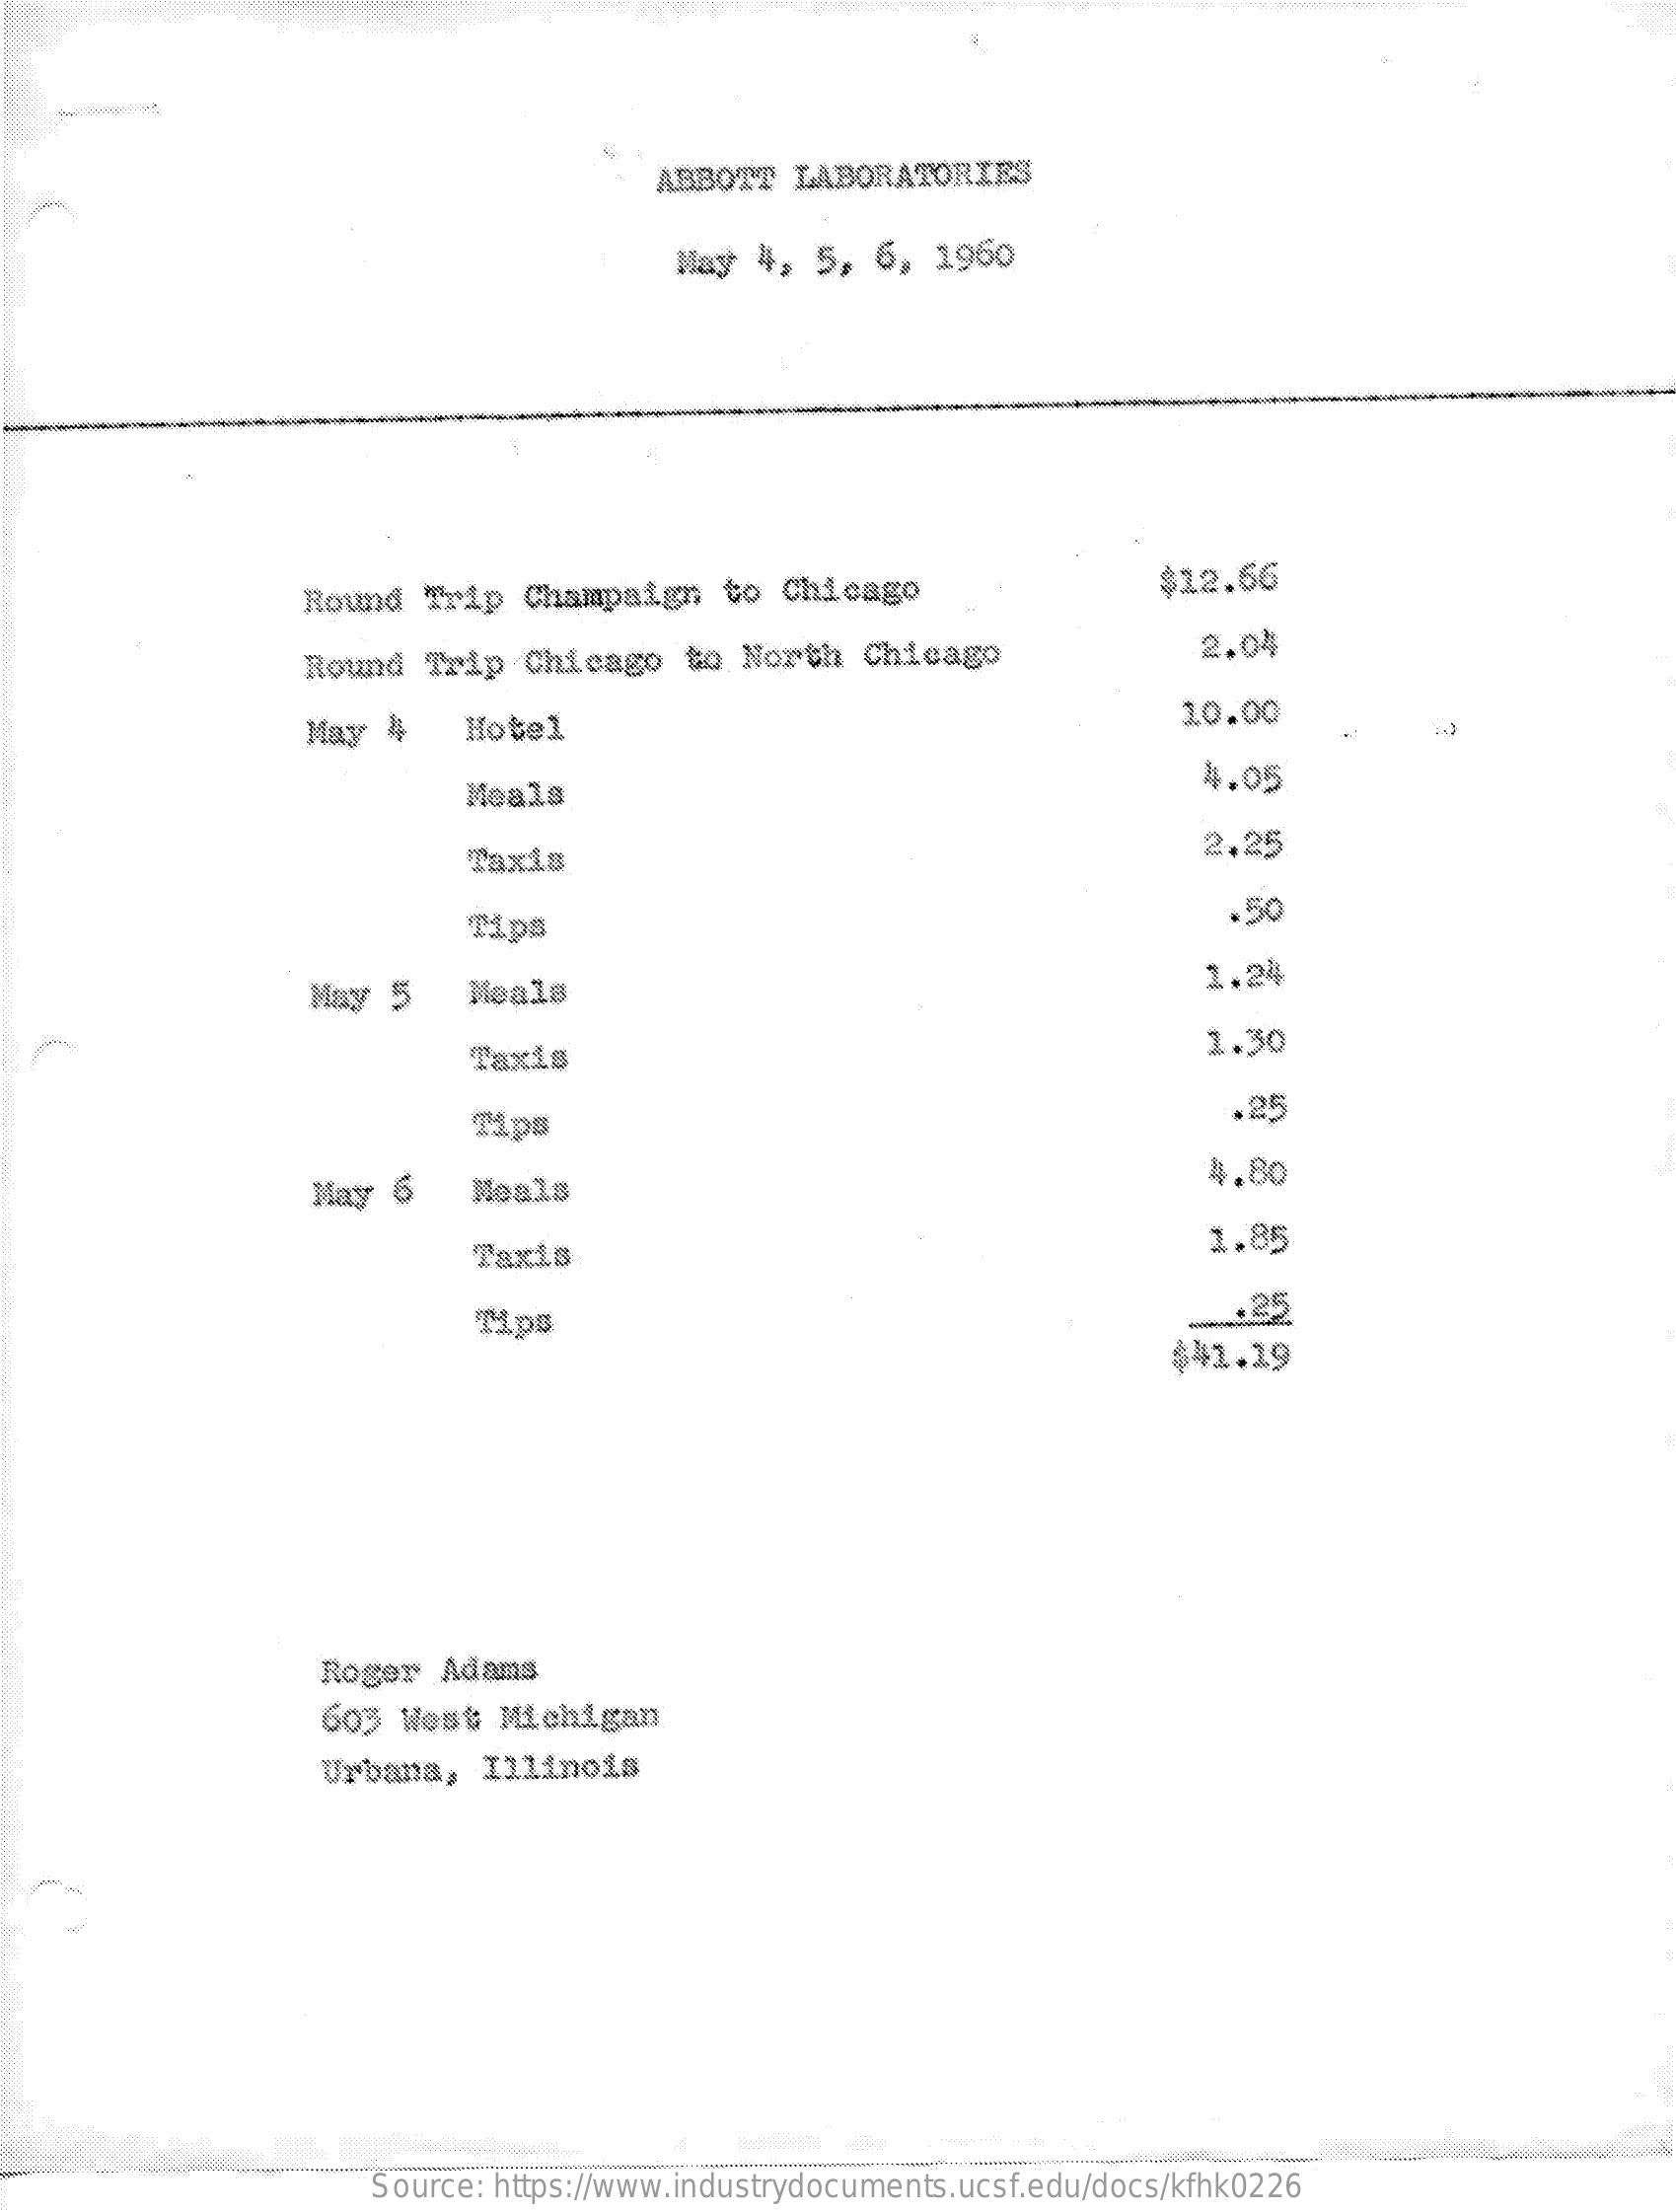
ABBOTT  LABORATORIES
     May  4,  5, 6,  1960
     Round   arap  Champaign    to  Chicago    $12.66
     Round  Trip  Chicago   to  North   Chicago    2.04
     May  4    Hotel
     10.00
     Meals
     4.05
     Taxis
     2.25
     Tips
     .50
     May  5    Meals
     1.24
     1.30
     .25
     May  6    Meals
     4.80
     Taxis
     1.85
     Tips
     .25
     $41.19
     Roger  Adams
     603  West   Michigan
     Urbana,   Illinois
     Source: https://www.industrydocuments.ucsf.edu/docs/kfhk0226